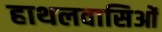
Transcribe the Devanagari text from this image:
हाथलवासिओं